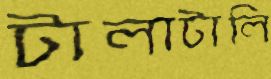
টালাটালি